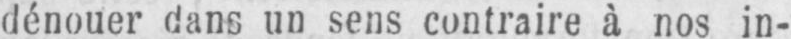
dénouer dans un sens contraire à nos in-